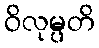
ဝိလုမ္ပတိ